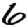
Digit: 6